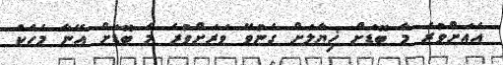
އެއަށްވުރެ މާ ބޮޑަށް ޚިޔާލަށް ގެނުވޭ ވަރަށްވުރެ މާ ބޮޑަށް އޭނާ މެހެކް